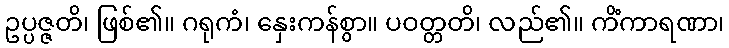
ဥပ္ပဇ္ဇတိ၊ ဖြစ်၏။ ဂရုကံ၊ နှေးကန်စွာ။ ပဝတ္တတိ၊ လည်၏။ ကိံကာရဏာ၊